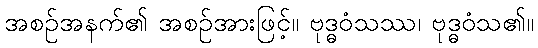
အစဉ်အနက်၏ အစဉ်အားဖြင့်။ ဗုဒ္ဓဝံသဿ၊ ဗုဒ္ဓဝံသ၏။